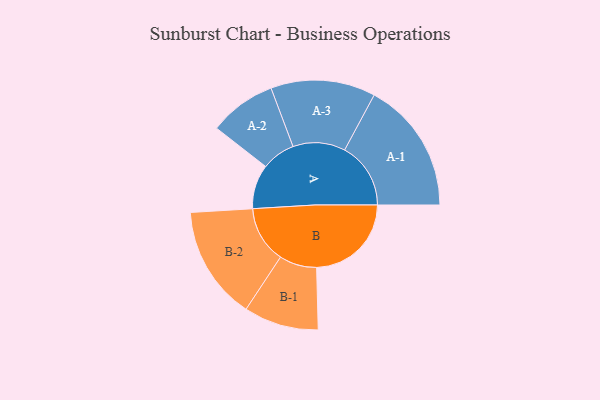
{"axis": {"x": "Segment", "y": "Value"}, "legend": ["", "A", "B"], "data": [{"x": "A", "y": 187, "type": ""}, {"x": "B", "y": 400, "type": ""}, {"x": "A-1", "y": 279, "type": "A"}, {"x": "A-2", "y": 142, "type": "A"}, {"x": "A-3", "y": 221, "type": "A"}, {"x": "B-1", "y": 158, "type": "B"}, {"x": "B-2", "y": 240, "type": "B"}]}